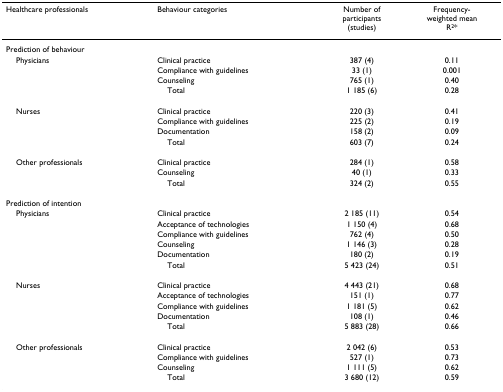
| Healthcare professionals | Behaviour categories | Number of participants (studies) | Frequency-weighted mean R2* |
 | --- | --- | --- | --- |
 | Prediction of behaviour |  |  |  |
 | Physicians | Clinical practice | 387 (4) | 0.11 |
 |  | Compliance with guidelines | 33 (1) | 0.001 |
 |  | Counseling | 765 (1) | 0.40 |
 |  | Total | 1 185 (6) | 0.28 |
 | Nurses | Clinical practice | 220 (3) | 0.41 |
 |  | Compliance with guidelines | 225 (2) | 0.19 |
 |  | Documentation | 158 (2) | 0.09 |
 |  | Total | 603 (7) | 0.24 |
 | Other professionals | Clinical practice | 284 (1) | 0.58 |
 |  | Counseling | 40 (1) | 0.33 |
 |  | Total | 324 (2) | 0.55 |
 | Prediction of intention |  |  |  |
 | Physicians | Clinical practice | 2 185 (11) | 0.54 |
 |  | Acceptance of technologies | 1 150 (4) | 0.68 |
 |  | Compliance with guidelines | 762 (4) | 0.50 |
 |  | Counseling | 1 146 (3) | 0.28 |
 |  | Documentation | 180 (2) | 0.19 |
 |  | Total | 5 423 (24) | 0.51 |
 | Nurses | Clinical practice | 4 443 (21) | 0.68 |
 |  | Acceptance of technologies | 151 (1) | 0.77 |
 |  | Compliance with guidelines | 1 181 (5) | 0.62 |
 |  | Documentation | 108 (1) | 0.46 |
 |  | Total | 5 883 (28) | 0.66 |
 | Other professionals | Clinical practice | 2 042 (6) | 0.53 |
 |  | Compliance with guidelines | 527 (1) | 0.73 |
 |  | Counseling | 1 111 (5) | 0.62 |
 |  | Total | 3 680 (12) | 0.59 |